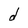
Character: d